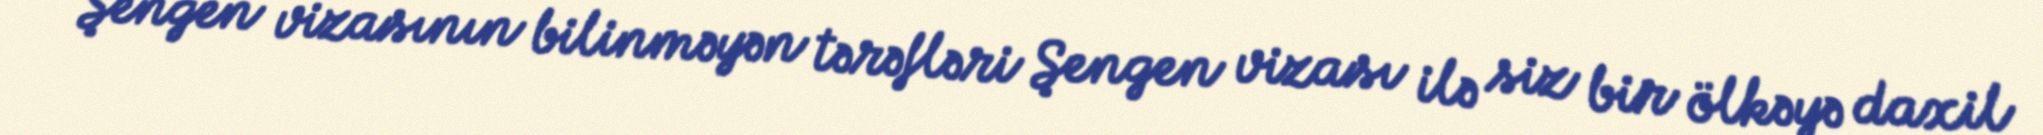
Şengen vizasının bilinməyən tərəfləri Şengen vizası ilə siz bir ölkəyə daxil